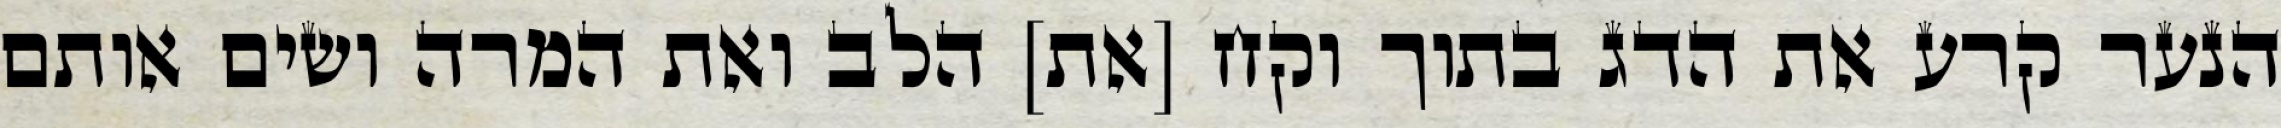
הנער קרע את הדג בתוך וקח [את] הלב ואת המרה ושים אותם